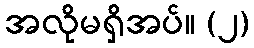
အလိုမရှိအပ်။ (၂)